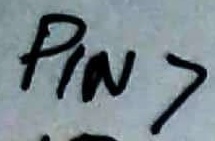
Text: PIN7